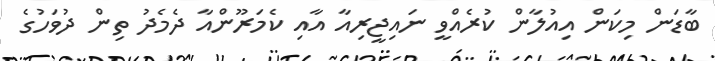
ބާޑަން މިކަން އިއުލާން ކުރެއްވީ ނައިޖީރިއާ އާއި ކެމަރޫންއާ ދެމެދު ތިން ދުވަހުގެ